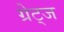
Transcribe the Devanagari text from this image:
ग्रेट्ज